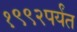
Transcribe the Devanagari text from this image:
१९९२पर्यंत